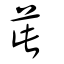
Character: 茈